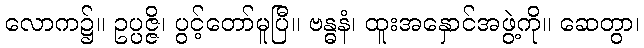
လောက၌။ ဥပ္ပဇ္ဇိ၊ ပွင့်တော်မူပြီ။ ဗန္ဓနံ၊ ထူးအနှောင်အဖွဲ့ကို။ ဆေတွာ၊